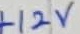
Text: +12V